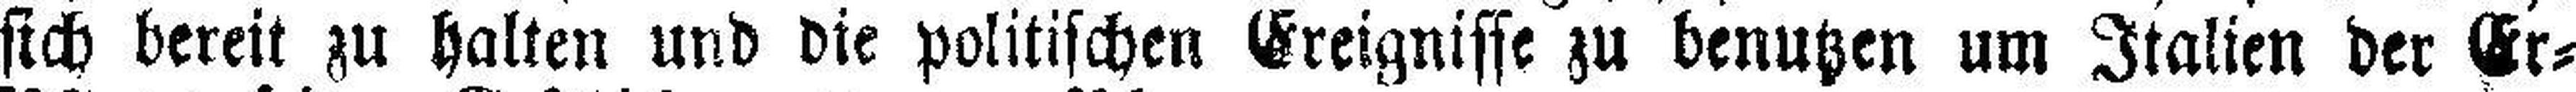
sich bereit zu halten und die politischen Ereignisse zu benutzen um Italien der Er¬